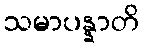
သမာပန္နာတိ